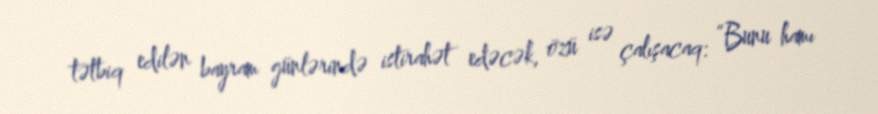
tətbiq edilən bayram günlərində istirahət edəcək, özü isə çalışacaq: “Bunu hamı